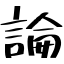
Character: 論